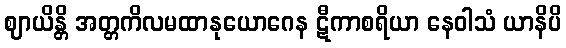
ဈာယိန္တိ အတ္တကိလမထာနုယောဂေန ဋီကာစရိယာ နေဝါသံ ယာနိပိ